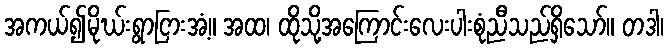
အကယ်၍မိုဃ်းရွာငြားအံ့။ အထ၊ ထိုသို့အကြောင်းလေးပါးစုံညီသည်ရှိသော်။ တဒါ၊